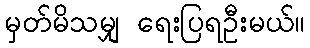
မှတ်မိသမျှ ရေးပြရဦးမယ်။